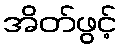
အိတ်ဖွင့်